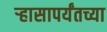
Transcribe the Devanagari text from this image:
ऱ्हासापर्यंतच्या